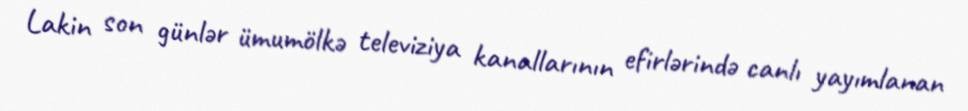
Lakin son günlər ümumölkə televiziya kanallarının efirlərində canlı yayımlanan